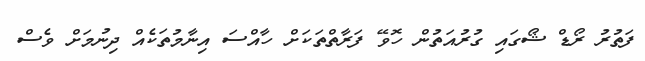
ފަތުރު ރޯޑް ޝޯގައި ގުރުއަތުން ހޮވޭ ފަރާތްތަކަށް ހާއްސަ އިނާމުތަކެއް ދިނުމަށް ވެސް